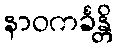
နာဝကင်္ခန္တိ